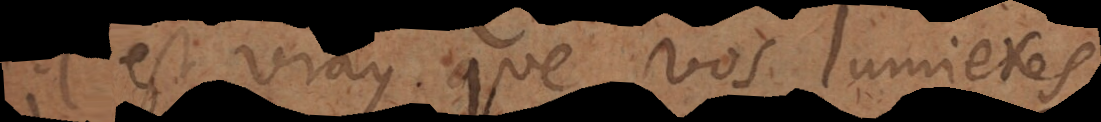
est vray que vos lumieres